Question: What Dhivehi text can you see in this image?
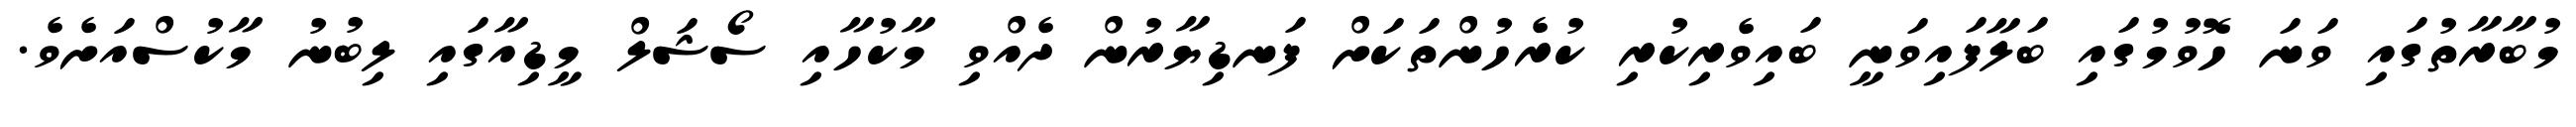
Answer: މުބާރާތުގައި ވަނަ ހޮވުމުގައި ބަލާފައިވަނީ ބައިވެރިކުރި ކުރެހުންތަކަށް ފަނޑިޔާރުން ދެއްވި މާކުހާއި ސޯޝަލް މީޑިއާގައި ލިބުނު މާކުސްއަށެވެ.